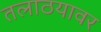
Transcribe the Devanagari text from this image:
तलाठयावर